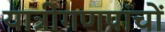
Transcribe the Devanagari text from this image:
यात्रीगणपांचों